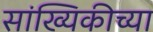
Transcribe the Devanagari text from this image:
सांख्यिकीच्या